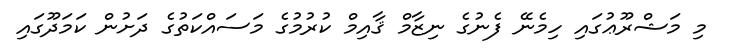
މި މަޝްރޫޢުގައި ހިމެނޭ ފެނުގެ ނިޒާމް ޤާއިމް ކުރުމުގެ މަސައްކަތުގެ ދަށުން ކަމަދޫގައި